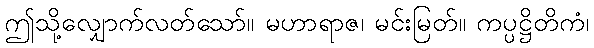
ဤသို့လျှောက်လတ်သော်။ မဟာရာဇ၊ မင်းမြတ်။ ကပ္ပဋ္ဌိတိကံ၊